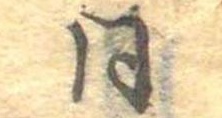
同